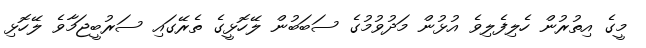
މީގެ އިތުރުން ހެލިފެލިވެ އުޅުން މަދުވުމުގެ ސަބަބުން ލޭހޮޅީގެ ތެރޭގައި ސަރުބީޖަމާވެ ލޭހޮޅި